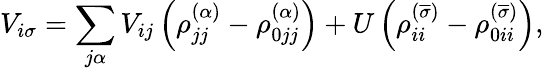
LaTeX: V_{i\sigma}=\sum_{j\alpha}V_{ij}\left(\rho_{jj}^{\left(\alpha\right)}-\rho_{0jj}^{\left(\alpha\right)}\right)+U\left(\rho_{ii}^{\left(\overline{{\sigma}}\right)}-\rho_{0ii}^{\left(\overline{{\sigma}}\right)}\right),